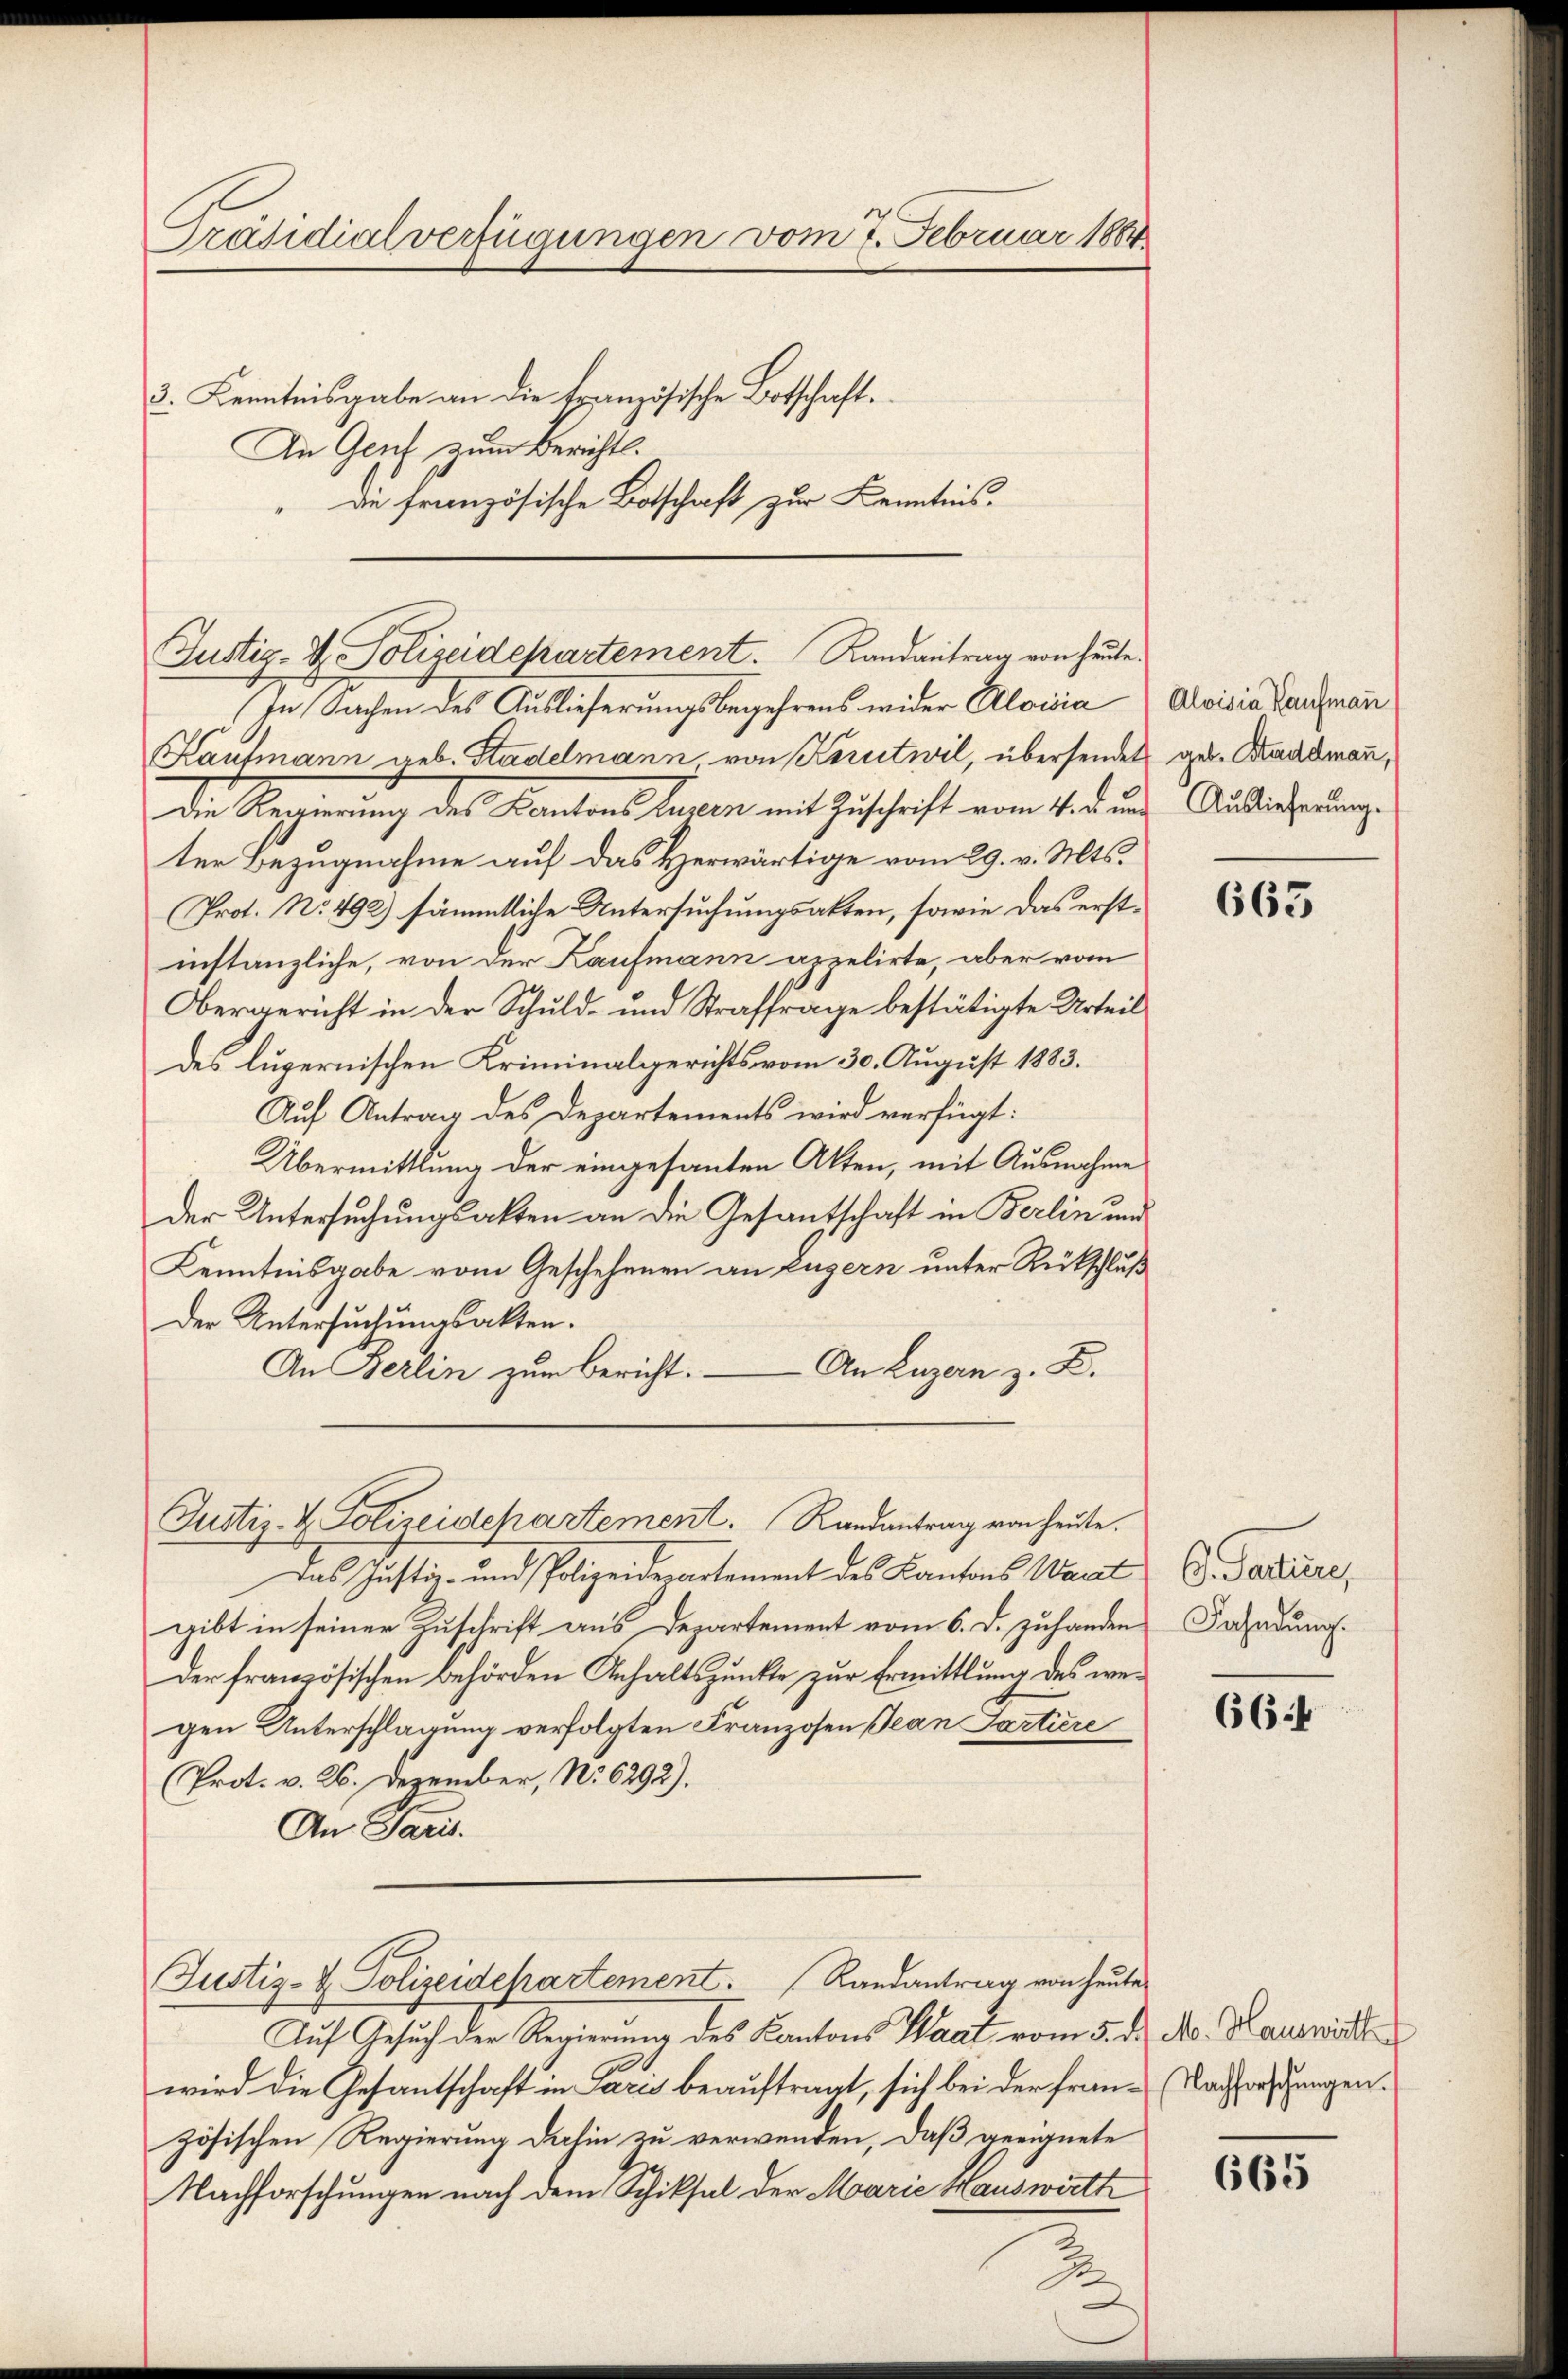
Präsidialverfügungen vom 7. Februar 1884
3. Kenntnisgabe an die französische Botschaft.
An Gent zum Berichts.
die französische Botschaft zur Kenntnis.

In Sachen des Auslieferungsbegehrens wider Aloisia  Aloisia Tanzmann
Kaufmann geb. Stadelmann, von Kerutwil, übersendet aus-Kaddmann,
Die Regierung des Kantons haben mit Zuschaft vom 1. d un
ter Bezugnahme auf das Herwärtige vom 29. v. Mts.
Prot. No. 492) sämmtliche Untersuchungsakten, sowie das erstinstanzliche, von der Kaufmann appelirte, aber vom
Obergericht in der Schuld- und Straffrage bestätigte Urteil
des luzernischen Kriminalgerichts vom 30. August 1883.
Auf Antrag des Departements wird verfügt:
Übermittlung der eingesanten Akten, mit Ausnahme
Der Untersuchungsakten an die Gesantschaft in Berlin und
Kenntnisgabe vom Geschehenen an Luzern unter Rückschluß
Der Untersuchungsakten.
- An Luzern z. B.
An Berlin zum Bericht.

Justiz- & Polizeidepartement. Landantrag von heute.

das Justiz- und Polizeiderartement des Kantons Waadt
gibt in seiner Zuschrift aus Departement vom 6. d. zuhanden
Der französischen Behörden Anhaltspunkte zur Ermittlung des wegen Unterschlagung verfolgten Franzosen Jean Partiere
Prot. v. 26. Dezember, No. 6292).
An Paris.
Justiz- & Polizeidepartement. (Randantrag von heute
Aŭf Gesŭch der Regierŭng des Kantons Saat vom 5. d. Ms. Hauswärt
wird die Gesantschaft in Paris beauftragt, sich bei der Frau - Nachforstungen.
zösischen Regierung dahin zu verwenden, daß geeignete
Nachforschungen nach dem Schiksal der Marie Hauswirtt

Justiz- & Polizeidepartement. Randantrag von heute.

B

Auslieferung.

663

C. Partiere,
Fahndung.

664

665